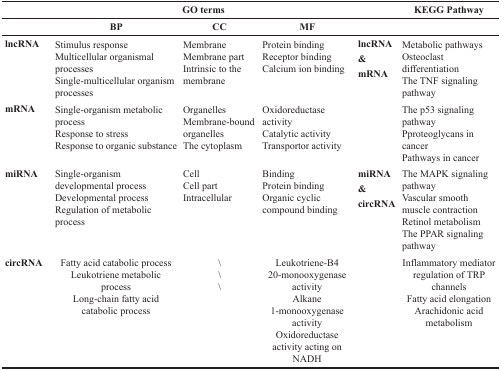
|  | <COLSPAN=3> GO terms |  | KEGG Pathway |
 |  | BP | CC | MF |  |  |
 | --- | --- | --- | --- | --- | --- |
 | lncRNA | Stimulus responseMulticellular organismal processesSingle-multicellular organism processes | MembraneMembrane partIntrinsic to the membrane | Protein bindingReceptor bindingCalcium ion binding | lncRNA&mRNA | Metabolic pathwaysOsteoclast differentiationThe TNF signaling pathway |
 | mRNA | Single-organism metabolic processResponse to stressResponse to organic substance | OrganellesMembrane-bound organellesThe cytoplasm | Oxidoreductase activityCatalytic activityTransportor activity |  | The p53 signaling pathwayPproteoglycans in cancerPathways in cancer |
 | miRNA | Single-organism developmental processDevelopmental processRegulation of metabolic process | CellCell partIntracellular | BindingProtein bindingOrganic cyclic compound binding | miRNA&circRNA | The MAPK signaling pathwayVascular smooth muscle contractionRetinol metabolismThe PPAR signaling pathway |
 | circRNA | Fatty acid catabolic processLeukotriene metabolic processLong-chain fatty acid catabolic process | \\\ | Leukotriene-B4 20-monooxygenase activityAlkane 1-monooxygenase activityOxidoreductase activity acting on NADH |  | Inflammatory mediator regulation of TRP channelsFatty acid elongationArachidonic acid metabolism |